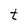
Character: t